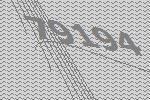
79194